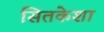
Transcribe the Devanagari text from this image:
सितकेशा